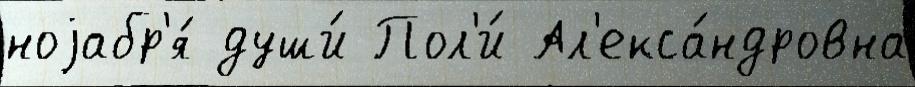
ноjабр'я́ души́ Пол'и́ Ал'екса́ндровна